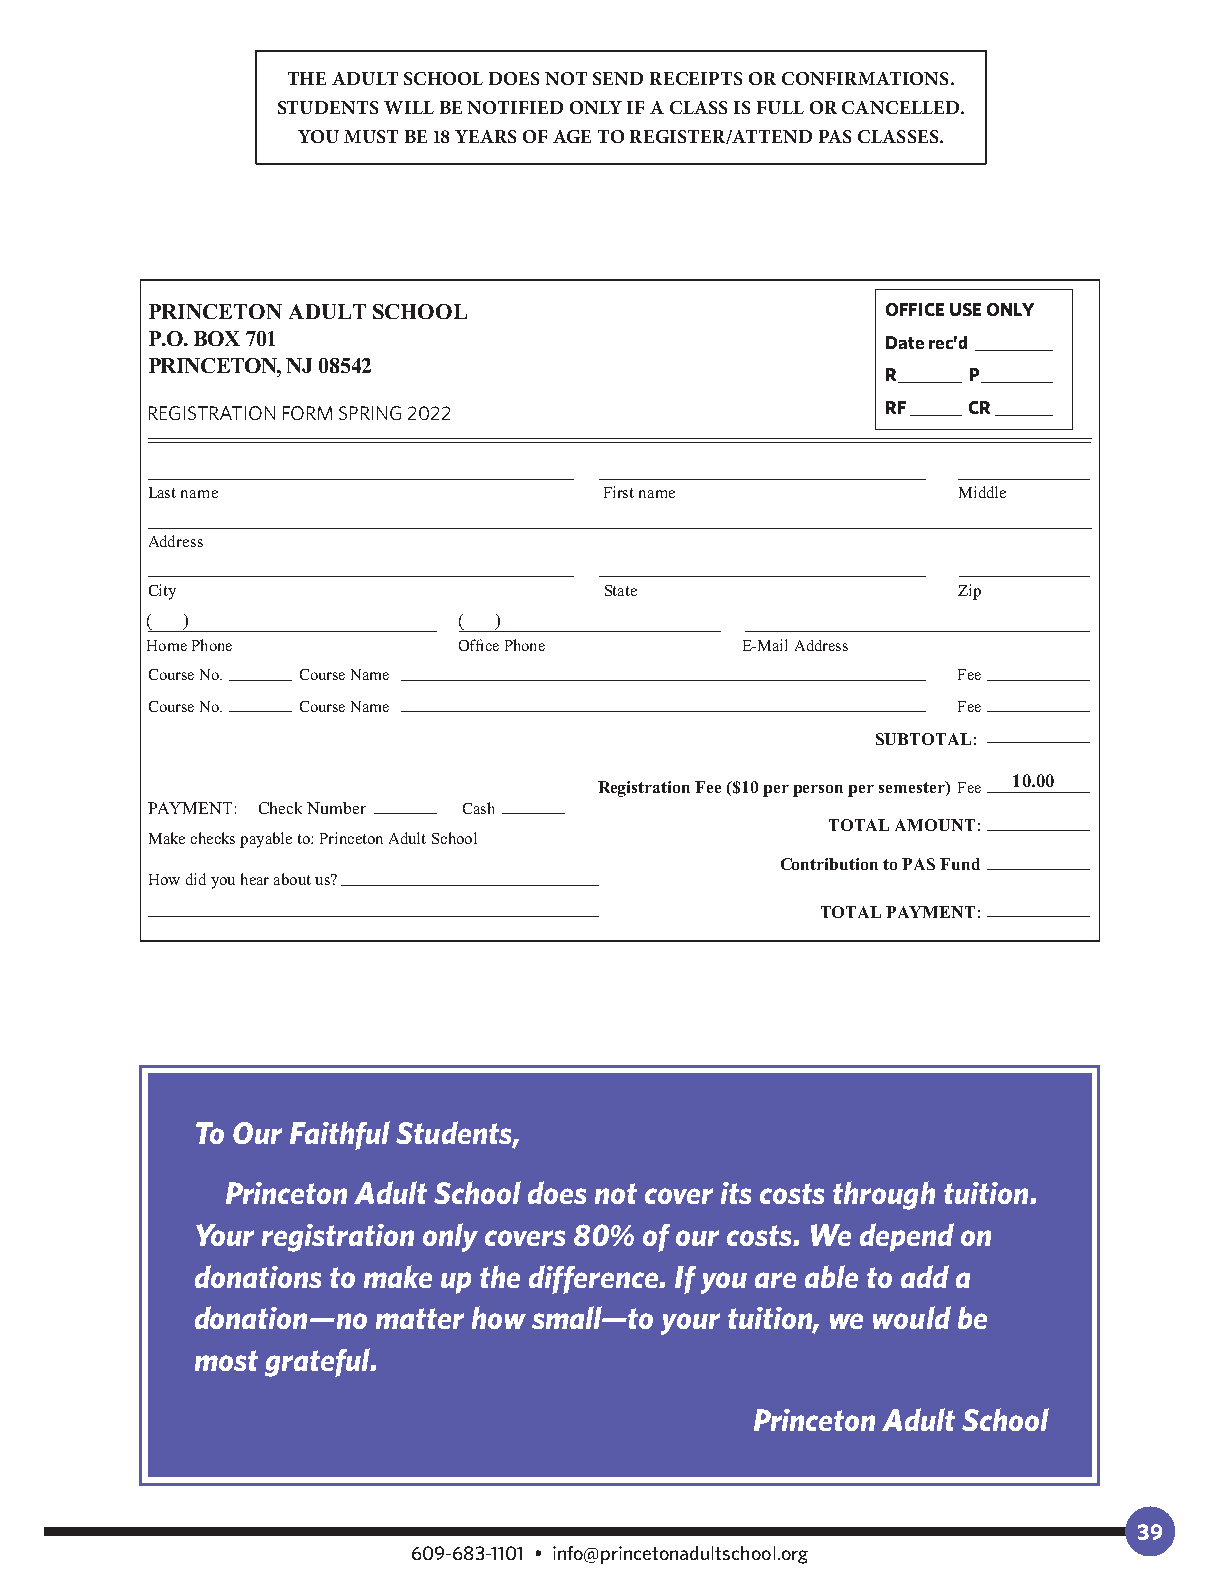
THE ADULT SCHOOL DOES NOT SEND RECEIPTS OR CONFIRMATIONS.
 STUDENTS WILL BE NOTIFIED ONLY IF A CLASS IS FULL OR CANCELLED.
 YOU MUST BE 18 YEARS OF AGE TO REGISTER/ATTEND PAS CLASSES.
 PRINCETON ADULT SCHOOL                           OFFICE USE ONLY
 P.O. BOX 701                                     Date rec’d
 PRINCETON, NJ 08542
 R    P
 REGISTRATION FORM SPRING 2022                    RF   CR
 Last name                     First name             Middle
 Address
 City                          State                  Zip
 ( )                 (  )
 Home Phone          Office Phone       E-Mail Address
 Course No. Course Name                               Fee
 Course No. Course Name                               Fee
 SUBTOTAL:
 10.00
 Registration Fee ($10 per person per semester) Fee
 PAYMENT: Check Number Cash
 TOTAL AMOUNT:
 Make checks payable to: Princeton Adult School
 Contribution to PAS Fund
 How did you hear about us?
 TOTAL PAYMENT:
 To Our Faithful Students,
 Princeton Adult School does not cover its costs through tuition.
 Your registration only covers 80% of our costs. We depend on
 donations to make up the difference. If you are able to add a
 donation—no matter how small—to your tuition, we would be
 most grateful.
 Princeton Adult School
 39
 609-683-1101 • info@princetonadultschool.org